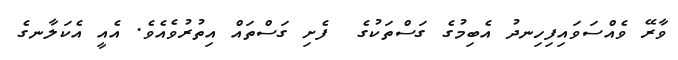
ވާރޭ ވެއްސަވައިފިހިނދު އެބިމުގެ ގަސްތަކުގެ  ފެށި ގަސްތައް އިތުރުވެއެވެ. އެއީ އެކަލާނގެ